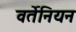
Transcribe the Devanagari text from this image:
वर्तेनियन